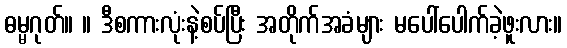
ဓမ္မဂုတ်။ ။ ဒီစကားလုံးနဲ့စပ်ပြီး အတိုက်အခံများ မပေါ်ပေါက်ခဲ့ဖူးလား။